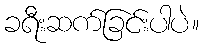
ခရီးဆက်ခြင်းပါပဲ။